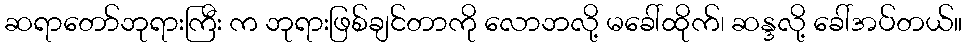
ဆရာတော်ဘုရားကြီး က ဘုရားဖြစ်ချင်တာကို လောဘလို့ မခေါ်ထိုက်၊ ဆန္ဒလို့ ခေါ်အပ်တယ်။